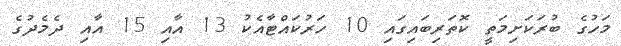
މަހުގެ ބުރަކަށިމަތީ ކޮތަރިބައިގައި 10 ހަރުކައްޓާއެކު 13 އާއި 15 އާއި ދެމެދުގެ